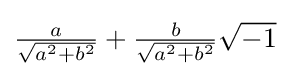
{\tfrac {a}{\sqrt {a^{2}+b^{2}}}}+{\tfrac {b}{\sqrt {a^{2}+b^{2}}}}{\sqrt {-1}}